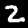
Label: 2